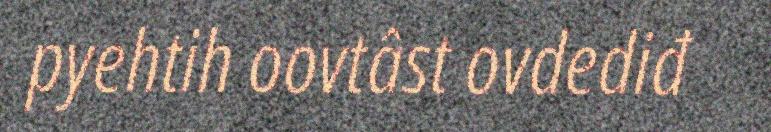
pyehtih oovtâst ovdediđ